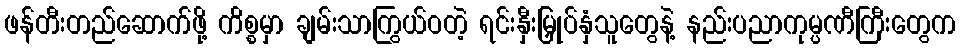
ဖန်တီးတည်ဆောက်ဖို့ ကိစ္စမှာ ချမ်းသာကြွယ်ဝတဲ့ ရင်းနှီးမြှုပ်နှံသူတွေနဲ့ နည်းပညာကုမ္ပဏီကြီးတွေက